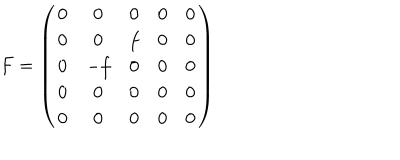
LaTeX: F = \left( \begin{array} { c c c c c } { { 0 } } & { { 0 } } & { { 0 } } & { { 0 } } & { { 0 } } \\ { { 0 } } & { { 0 } } & { { f } } & { { 0 } } & { { 0 } } \\ { { 0 } } & { { - f } } & { { 0 } } & { { 0 } } & { { 0 } } \\ { { 0 } } & { { 0 } } & { { 0 } } & { { 0 } } & { { 0 } } \\ { { 0 } } & { { 0 } } & { { 0 } } & { { 0 } } & { { 0 } } \\ \end{array} \right)